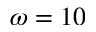
\omega = 1 0